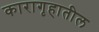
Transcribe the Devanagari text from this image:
कारागृहातील